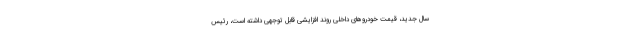
سال جدید، قیمت خودروهای داخلی روند افزایشی قابل توجهی داشته است، رئیس